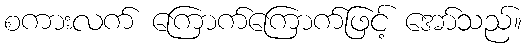
စကားလက် ကြောက်ကြောက်ဖြင့် အော်သည်။